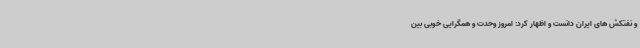
و نفتکش های ایران دانست و اظهار کرد: امروز وحدت و همگرایی خوبی بین